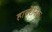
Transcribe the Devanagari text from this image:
हायरेनिक